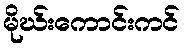
မိုဃ်းကောင်းကင်